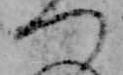
つ